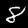
Label: 8